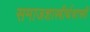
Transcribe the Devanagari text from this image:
समाजशास्त्रीर्थशास्त्री